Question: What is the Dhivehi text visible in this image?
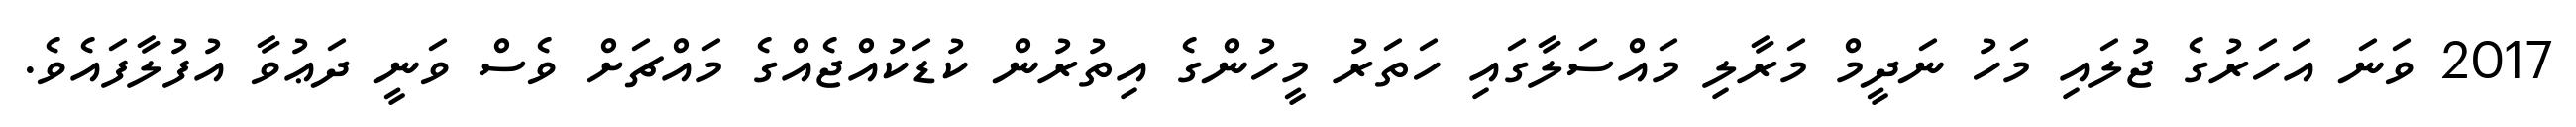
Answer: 2017 ވަނަ އަހަރުގެ ޖުލައި މަހު ނަދީމް މަރާލި މައްސަލާގައި ހަތަރު މީހުންގެ އިތުރުން ކުޑަކުއްޖެއްގެ މައްޗަށް ވެސް ވަނީ ދަޢުވާ އުފުލާފައެވެ.